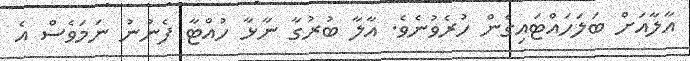
އާލާއަށް ބަލަހައްޓައިގެން ހުރެވުނެވެ. އާލާ ބުރުގާ ނާޅާ ހުއްޓާ ފެނުނު ނަމަވެސް އެ